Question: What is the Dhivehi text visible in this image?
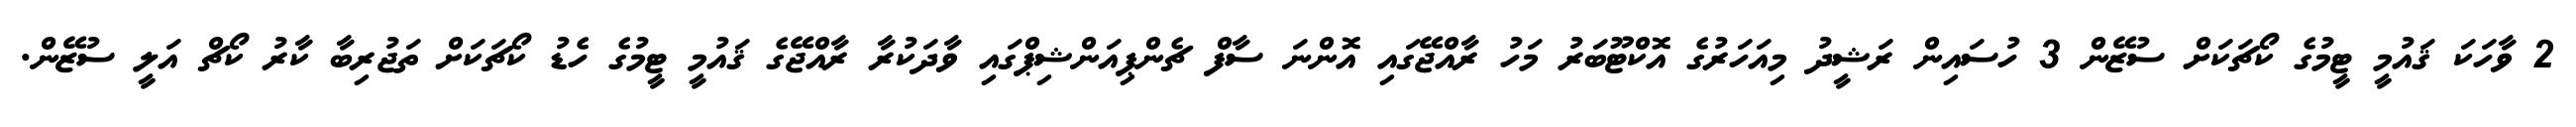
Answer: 2 ވާހަކަ ޤައުމީ ޓީމުގެ ކޯޗަކަށް ސުޒޭން 3 ހުސައިން ރަޝީދު މިއަހަރުގެ އޮކްޓޫބަރު މަހު ރާއްޖޭގައި އޮންނަ ސާފް ޗެންޕިއަންޝިޕްގައި ވާދަކުރާ ރާއްޖޭގެ ޤައުމީ ޓީމުގެ ހެޑު ކޯޗަކަށް ތަޖުރިބާ ކާރު ކޯޗް އަލީ ސުޒޭން.